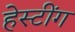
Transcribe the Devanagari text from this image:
हेस्टींग